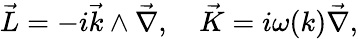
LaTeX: \vec{L}=-i\vec{k}\wedge\vec{\nabla},\quad\vec{K}=i\omega(k)\vec{\nabla},